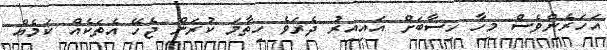
އަހަރެންވެސް މިހާ ހިސާބަށް އައިއިރު ދެރަވެ ހިތާމަ ކުރަން ޖެހޭ އެތަކެއް ކަމެއް